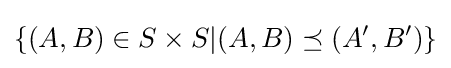
\{(A,B)\in S\times S|(A,B)\preceq (A',B')\}